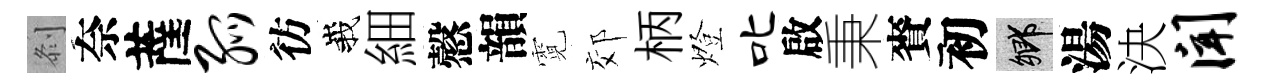
𠛴奈薩弧彷峩細慤韻霓郊柄燈叱啟秉賚初鄉湯決闻